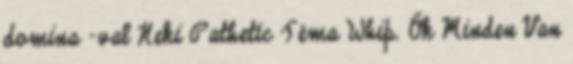
domina -val Neki Pathetic Téma Whip. Ők Minden Van